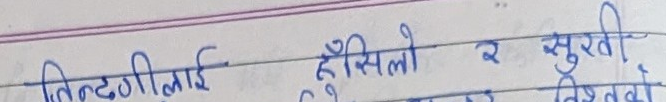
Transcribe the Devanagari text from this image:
तिल्टगीलाई हँसिलो र सुरती